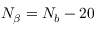
N _ { \beta } = N _ { b } - 2 0